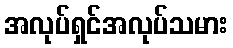
အလုပ်ရှင်အလုပ်သမား